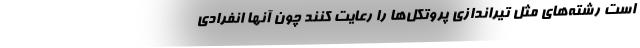
است رشته‌های مثل تیراندازی پروتکل‌ها را رعایت کنند چون آنها انفرادی